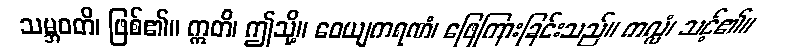
သမ္ဘဝတိ၊ ဖြစ်၏။ ဣတိ၊ ဤသို့။ ဝေယျကရဏံ၊ ဖြေကြားခြင်းသည်။ ကလ္လံ၊ သင့်၏။